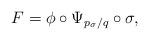
LaTeX: \begin{align*}F=\phi\circ \Psi_{p_{\sigma}/q}\circ\sigma,\end{align*}